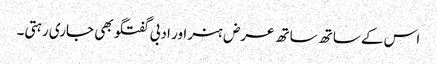
اس کے ساتھ ساتھ عرض ہنر اور ادبی گفتگو بھی جاری رہتی۔